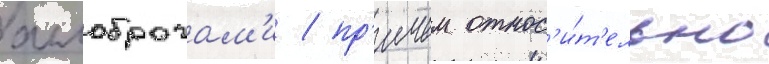
аллоброгам'и / пр'ичем относ'и́т'ельно